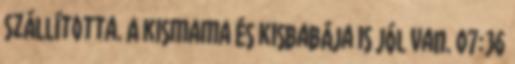
szállította. A kismama és kisbabája is jól van. 07:36